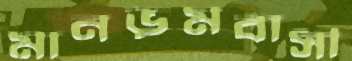
মানভূমবাসী